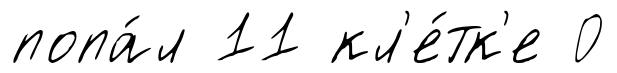
попа́л 11 кл'е́тк'е 0